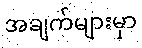
အချက်များမှာ